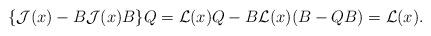
LaTeX: \begin{align*}\{{{\mathcal{J}}}(x)-B{{\mathcal{J}}}(x)B\}Q={\mathcal{L}}(x)Q-B{\mathcal{L}}(x)(B-QB)={\mathcal{L}}(x).\end{align*}